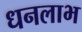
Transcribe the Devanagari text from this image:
धनलाभ